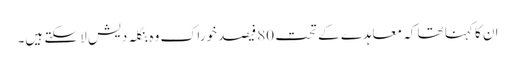
ان کا کہنا تھا کہ معاہدے کے تحت 80 فیصد خوراک وہ بنگلہ دیش لا سکتے ہیں۔